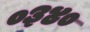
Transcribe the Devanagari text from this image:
०३४०